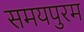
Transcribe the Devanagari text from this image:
समयपुरम